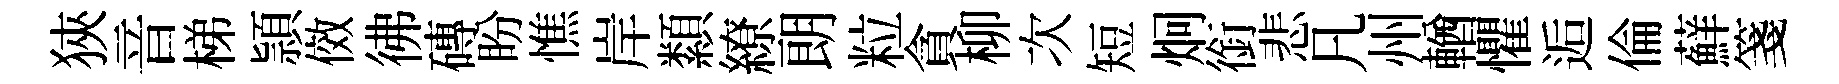
狹音梯頴傚彿磚盼憔岸纇繚朗粒貪柳次短炯銜悲凡州輶懼逅倫蘚箋